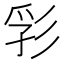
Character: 𢒒